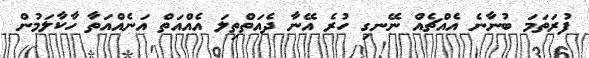
ފުރަތަމަ ބުނާނެ އެއްޗެއް ނޭނގި ހުރެ އޭނާ ދެއަތްތިލަ އެއްއަތް އަނެއްއަތާ ހާކާލަމުން